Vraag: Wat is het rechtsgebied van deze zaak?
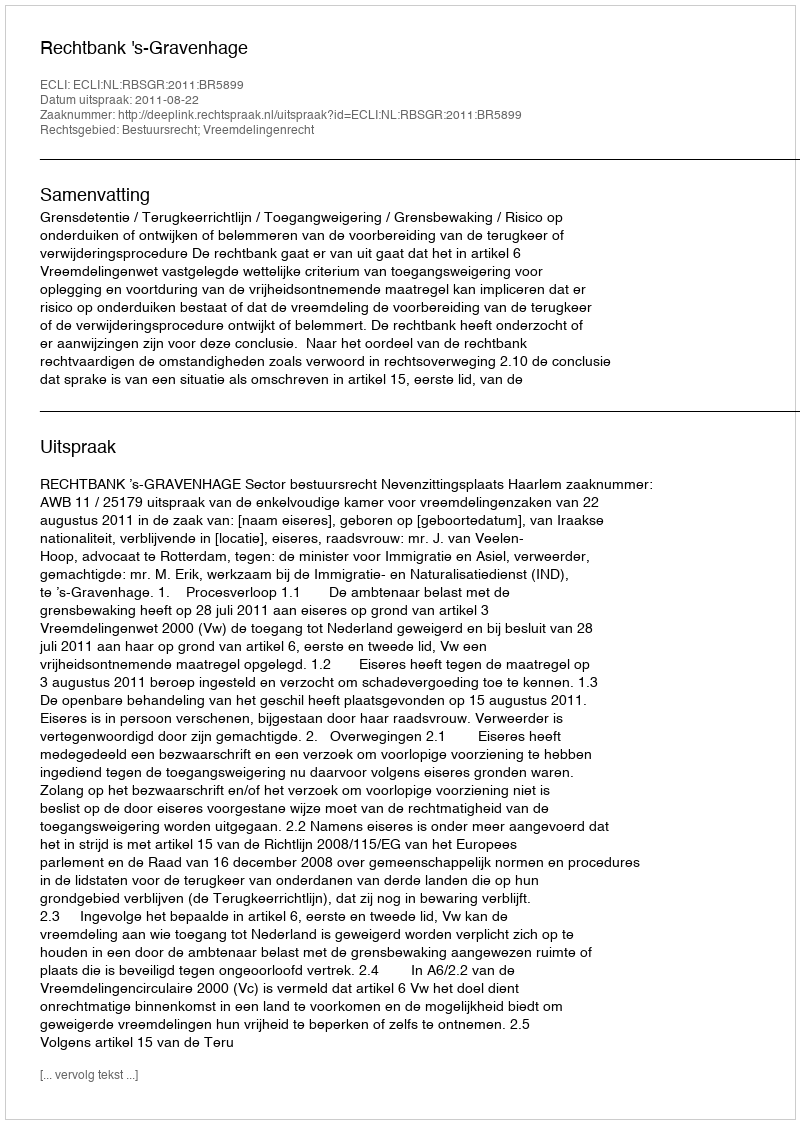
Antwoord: Bestuursrecht; Vreemdelingenrecht